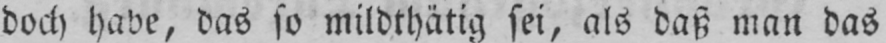
doch habe, das so mildthätig sei, als daß man das